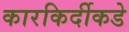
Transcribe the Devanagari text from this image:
कारकिर्दीकडे